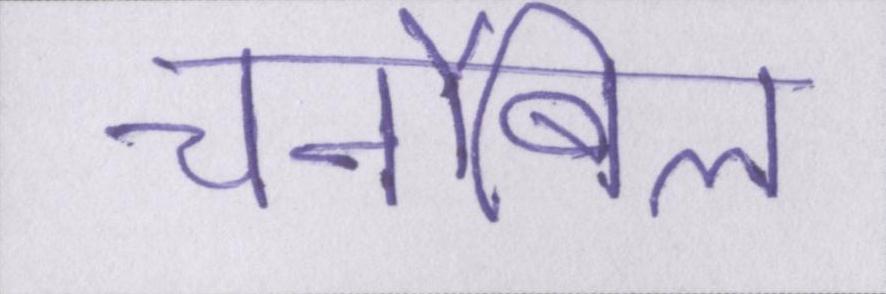
चर्नोबिल